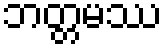
ဘတ္တမဿ